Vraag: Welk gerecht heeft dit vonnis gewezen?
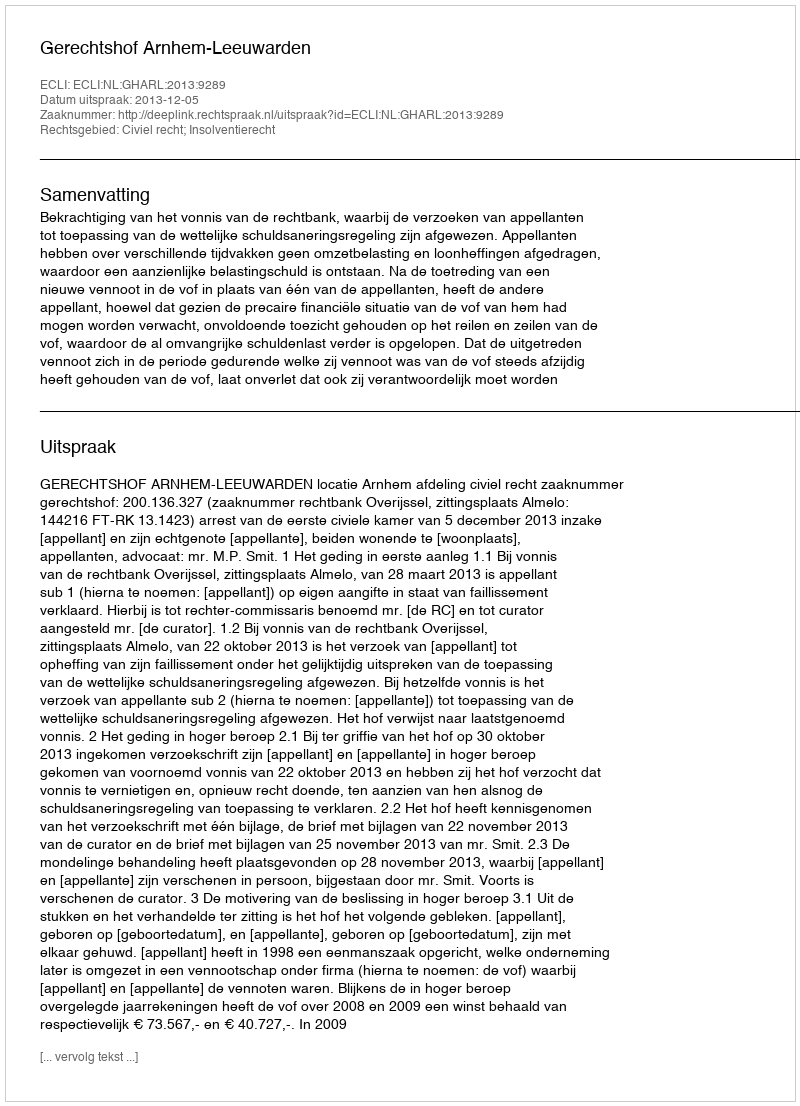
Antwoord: Gerechtshof Arnhem-Leeuwarden